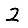
Digit: 2